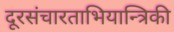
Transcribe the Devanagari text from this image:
दूरसंचारताभियान्त्रिकी